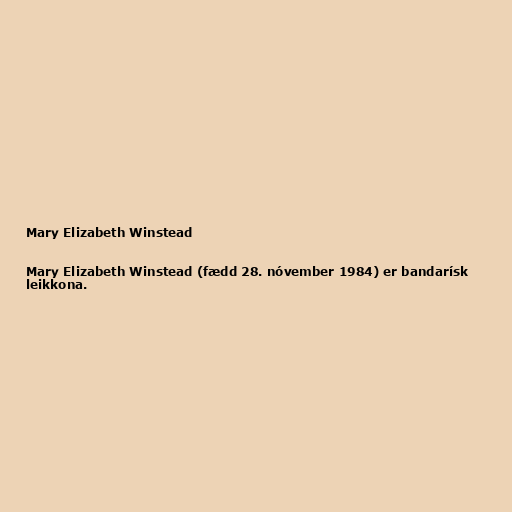
Mary Elizabeth Winstead

Mary Elizabeth Winstead (fædd 28. nóvember 1984) er bandarísk
leikkona.